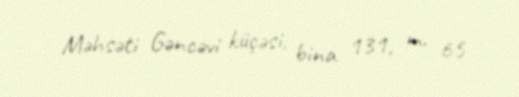
Məhsəti Gəncəvi küçəsi, bina 131, m. 65